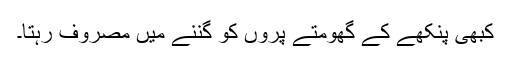
کبھی پنکھے کے گھومتے پروں کو گننے میں مصروف رہتا۔